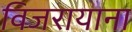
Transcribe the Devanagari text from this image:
विजरायाना